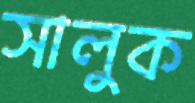
সালুক